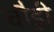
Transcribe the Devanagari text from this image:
चौ़ड़ी